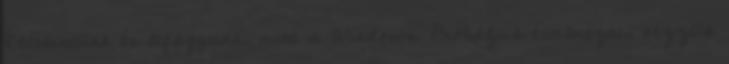
Rátekintünk és lefagyunk, mint a Windows. Próbáljuk értelmezni, nézzük